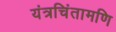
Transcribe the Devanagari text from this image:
यंत्रचिंतामणि